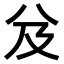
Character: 𠬬